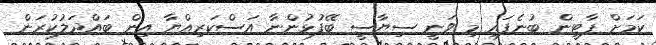
ކަމަށް ޕާޓީން ބުނެފައި މި ވަނީ ސިޔާސީ ބޭފުޅުންނާ އަސްކަރިއްޔާ އިން ބައްދަލުކުރަން